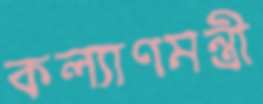
কল্যাণমন্ত্রী